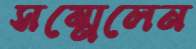
সম্মেলেন